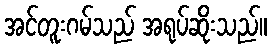
အင်တူးဂမ်သည် အရုပ်ဆိုးသည်။